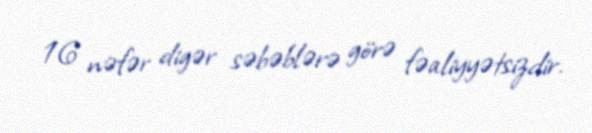
16 nəfər digər səbəblərə görə fəaliyyətsizdir.